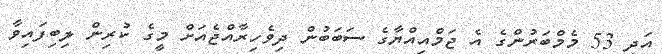
އަދި 53 މެމްބަރުންގެ އެ ޖަމްއިއްޔާގެ ސަބަބުން ދިވެހިރާއްޖެއަށް މީގެ ކުރިން ލިބިފައިވާ